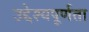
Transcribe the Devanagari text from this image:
उद्देश्यपूर्णता